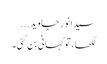
سیدانورجاوید...
لکھا، تو کہانی بن گئی۔